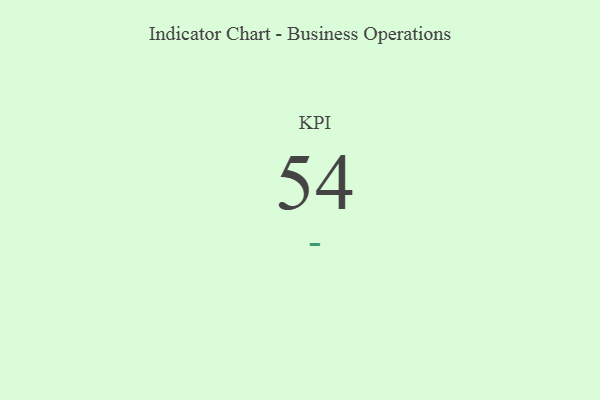
{"axis": {"x": "KPI", "y": "Value"}, "legend": [""], "data": [{"x": "KPI", "y": 54, "type": ""}]}